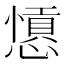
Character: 𢣁